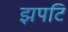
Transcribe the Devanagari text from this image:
झपटि